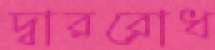
দ্বাররোধ